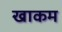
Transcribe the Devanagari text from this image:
खाकम